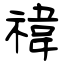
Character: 禕